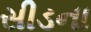
સીડના